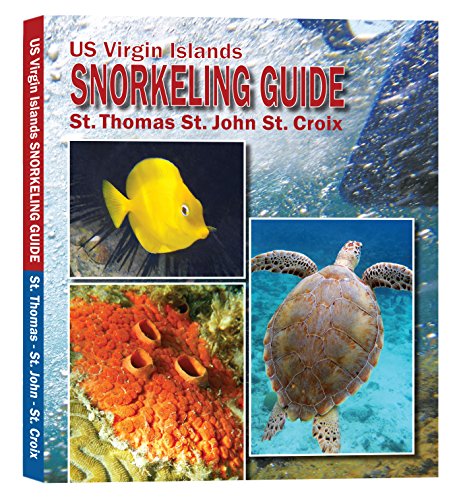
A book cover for US Virgin Islands Snorkeling Guide: St Thomas, St John, St Croix; Sarjim Enterprises LLC; Travel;